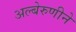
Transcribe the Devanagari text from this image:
अल्बेरुणीने